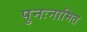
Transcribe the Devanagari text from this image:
पुनःनामित